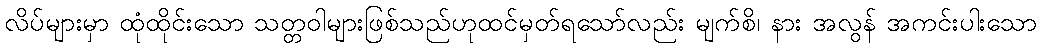
လိပ်များမှာ ထုံထိုင်းသော သတ္တဝါများဖြစ်သည်ဟုထင်မှတ်ရသော်လည်း မျက်စိ၊ နား အလွန် အကင်းပါးသော